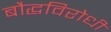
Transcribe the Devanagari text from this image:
बौद्धविरोधी